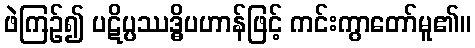
ဖဲကြဉ်၍ ပဋိပ္ပဿဒ္ဓိပဟာန်ဖြင့် ကင်းကွာတော်မူ၏။